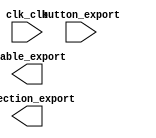

module processor (
	button_export,
	clk_clk,
	direction_export,
	enable_export);	

	input	[1:0]	button_export;
	input		clk_clk;
	output	[3:0]	direction_export;
	output	[1:0]	enable_export;
endmodule